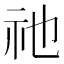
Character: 祂